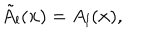
\tilde { A } _ { l } ( { \bf x } ) = A _ { l } ( { \bf x } ) ,